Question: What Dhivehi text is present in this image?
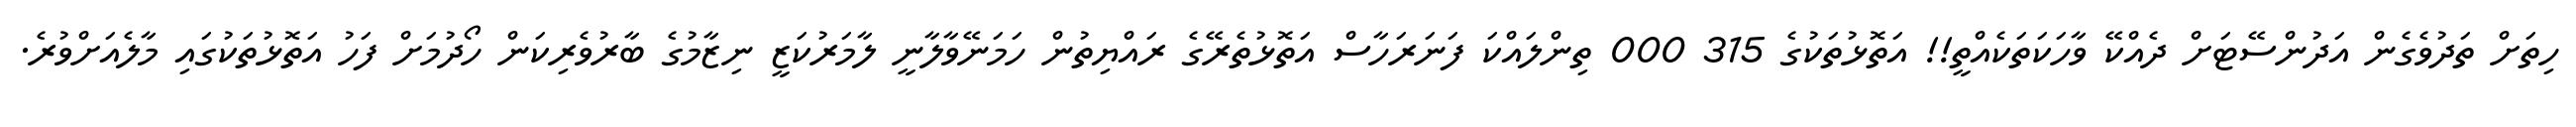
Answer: ހިތަށް ތަދުވެގެން އަދުންސޭޓަށް ދެއްކޭ ވާހަކަތަކެއްތީ!! އަތޮޅުތަކުގެ 315 000 ތިންލައްކަ ފަނަރަހާސް އަތޮޅުތެރޭގެ ރައްޔިތުން ހަމަނޭވާލާނީ ލާމަރުކަޒީ ނިޒާމުގެ ބާރުވެރިކަން ހޯދުމަށް ފަހު އަތޮޅުތަކުގައި މާލެއަށްވުރެ.